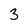
Character: 3